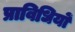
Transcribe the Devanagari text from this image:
प्राविधियों